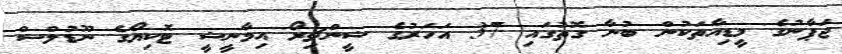
ޖަޕާނުގެ މީޑިއާތަކުން ބުނާ ގޮތުގައި 37 އަހަރުގެ ޝީންޗިރޯ އިމާނީޝީ ޓޮކިޔޯގެ ނޫޑުލްސް